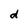
Character: d